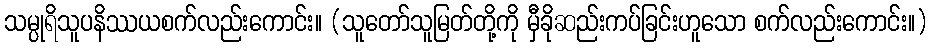
သမ္ပုရိသူပနိဿယစက်လည်းကောင်း။ (သူတော်သူမြတ်တို့ကို မှီခိုဆည်းကပ်ခြင်းဟူသော စက်လည်းကောင်း။)